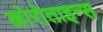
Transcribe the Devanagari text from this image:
कोरोताइन्स